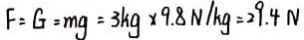
F = G = m g = 3 k g \times 9 . 8 N / k g = 2 9 . 4 N